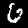
Digit: 6